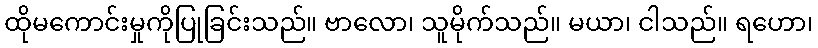
ထိုမကောင်းမှုကိုပြုခြင်းသည်။ ဗာလော၊ သူမိုက်သည်။ မယာ၊ ငါသည်။ ရဟော၊